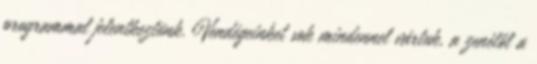
programmal jelentkeztünk. Vendégeinket sok mindennel vártuk, a zenétől a